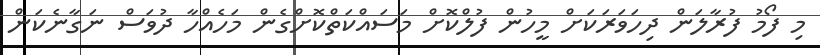
މި ފޯމު ފުރާލަން ދިހަވަރަކަށް މީހުން ފުލްކޮށް މަސައްކަތްކޮށްގެން މަހެއްހާ ދުވަސް ނަގާނެކަން